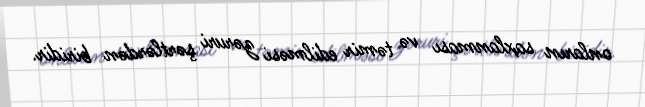
onların saxlanması və təmir edilməsi zəruri şərtlərdən biridir.